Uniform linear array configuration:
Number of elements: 24
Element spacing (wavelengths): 1
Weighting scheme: exponential
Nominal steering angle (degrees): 0
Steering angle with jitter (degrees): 0.1197
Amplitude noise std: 0.05
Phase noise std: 0.05

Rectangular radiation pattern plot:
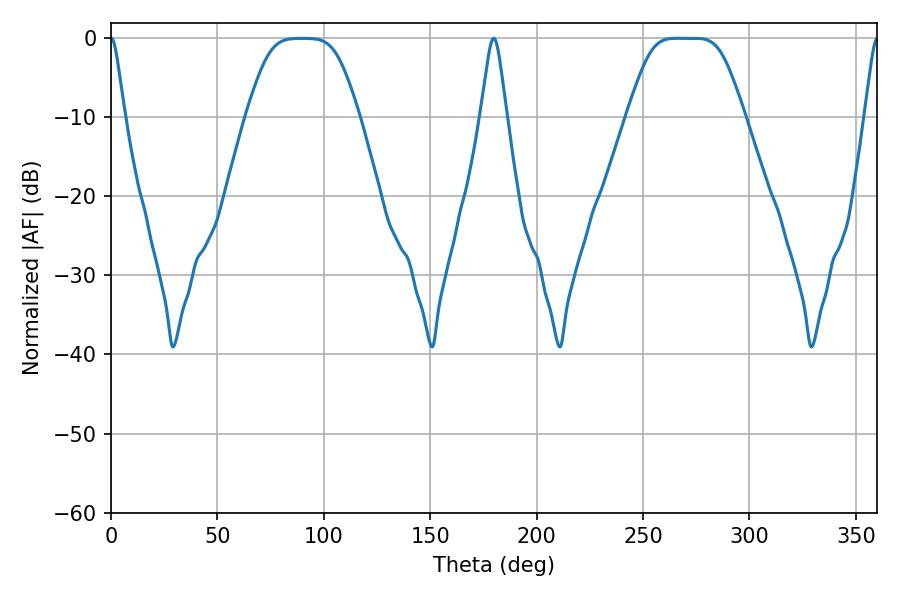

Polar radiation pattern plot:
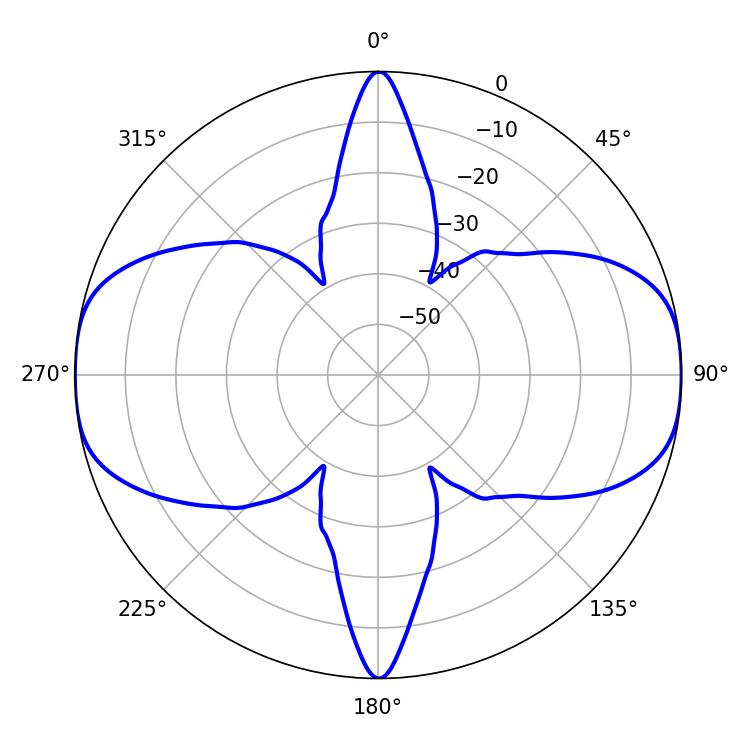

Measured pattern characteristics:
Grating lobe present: TRUE
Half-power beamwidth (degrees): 37.8
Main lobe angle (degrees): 265.86